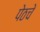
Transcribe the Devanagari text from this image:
पेठचे